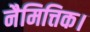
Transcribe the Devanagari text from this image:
नैमित्तिक।